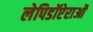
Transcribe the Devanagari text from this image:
लेपिडॉप्टेराओं